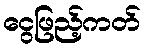
ငွေဖြည့်ကတ်